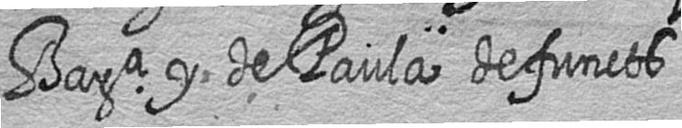
Bara y de Paula defuncts